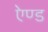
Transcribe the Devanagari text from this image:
एेण्ड